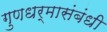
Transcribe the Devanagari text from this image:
गुणधर्मासंबंधी